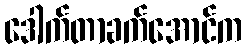
ဒေါက်တာခက်အောင်က